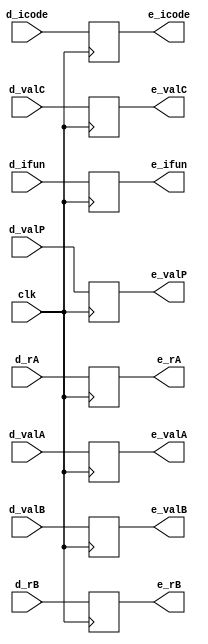
`timescale 1ps/1ps

module e_pipereg(clk, d_icode, d_ifun, d_rA, d_rB, d_valC, d_valP, d_valA, d_valB, e_icode, e_ifun, e_rA, e_rB, e_valC, e_valP, e_valA, e_valB);

    parameter n = 64;
    input clk;
    input [3:0] d_icode, d_ifun;
    input [3:0] d_rA;
    input [3:0] d_rB;
    input [n-1:0] d_valA;
    input [n-1:0] d_valB;
    input [n-1:0] d_valC;
    input [n-1:0] d_valP;
    output reg [3:0] e_icode, e_ifun;
    output reg [3:0] e_rA;
    output reg [3:0] e_rB;
    output reg [n-1:0] e_valA;
    output reg [n-1:0] e_valB;
    output reg [n-1:0] e_valC;
    output reg [n-1:0] e_valP;

    always @(posedge clk)  
    begin
        e_icode <= d_icode;
        e_ifun <= d_ifun;
        e_rA <= d_rA;
        e_rB <= d_rB;
        e_valC <= d_valC;
        e_valP <= d_valP;
        e_valA <= d_valA;
        e_valB <= d_valB;
    end

endmodule